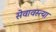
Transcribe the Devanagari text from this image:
सेवावस्त्या